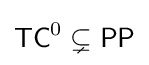
{\mathsf {TC}}^{0}\subsetneq {\mathsf {PP}}